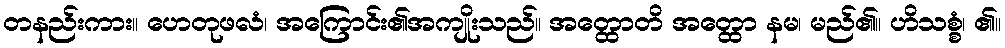
တနည်းကား။ ဟေတုဖလံ၊ အကြောင်း၏အကျိုးသည်။ အတ္ထောတိ အတ္ထော နမ၊ မည်၏။ ဟိသစ္စံ၊ ၏။